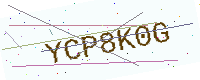
Text: YCP8K0G